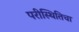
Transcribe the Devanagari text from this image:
परीस्थितिचा